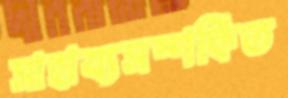
সাহায্যসম্পর্কিত